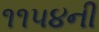
૧૧૫૪ની